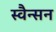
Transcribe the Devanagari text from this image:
स्वैन्सन